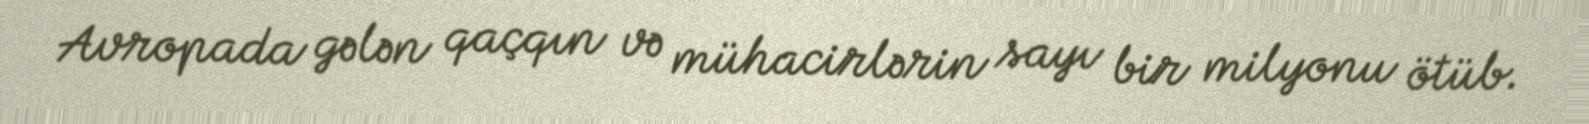
Avropada gələn qaçqın və mühacirlərin sayı bir milyonu ötüb.